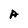
Character: A